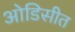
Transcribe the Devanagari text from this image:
ओडिसीत